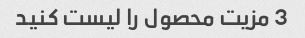
3 مزیت محصول را لیست کنید